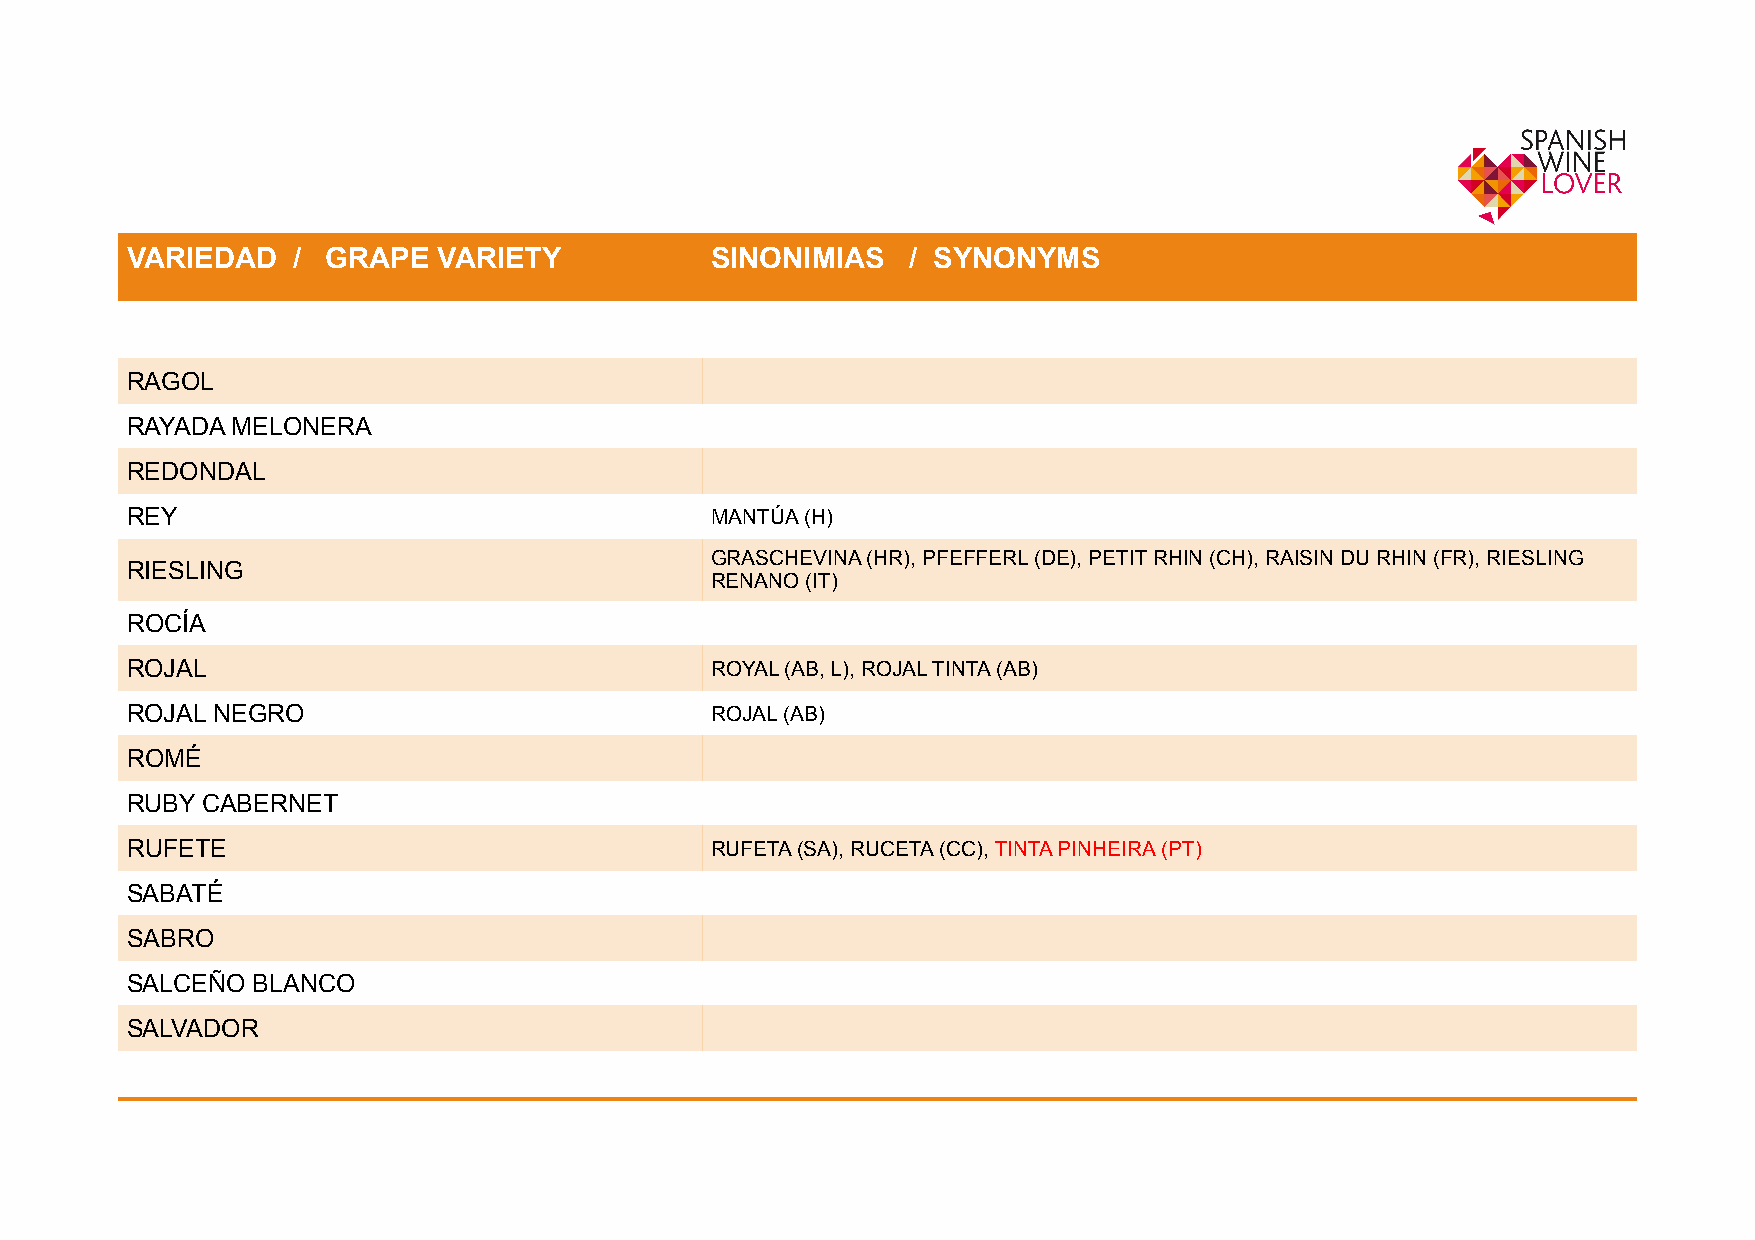
!                                                              ! !    !    !    !    !    !    !
 VARIEDAD   /  GRAPE  VARIETY           SINONIMIAS   / SYNONYMS
 RAGOL
 RAYADA MELONERA
 REDONDAL
 REY                                    MANTÚA (H)
 GRASCHEVINA (HR), PFEFFERL (DE), PETIT RHIN (CH), RAISIN DU RHIN (FR), RIESLING
 RIESLING
 RENANO (IT)
 ROCÍA
 ROJAL                                  ROYAL (AB, L), ROJAL TINTA (AB)
 ROJAL NEGRO                            ROJAL (AB)
 ROMÉ
 RUBY CABERNET
 RUFETE                                 RUFETA (SA), RUCETA (CC), TINTA PINHEIRA (PT)
 SABATÉ
 SABRO
 SALCEÑO  BLANCO
 SALVADOR